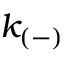
k _ { ( - ) }